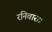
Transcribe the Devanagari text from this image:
रनिवास।